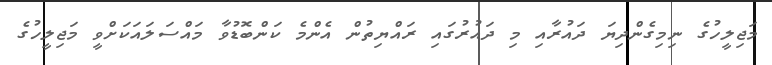
މަޖިލީހުގެ ނިމިގެންދިޔަ ދައުރާއި މި ދައުރުގައި ރައްޔިތުން އެންމެ ކަންބޮޑުވާ މައްސަލައަކަށްވީ މަޖިލީހުގެ